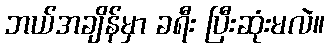
ဘယ်အချိန်မှာ ခရီး ပြီးဆုံးမလဲ။